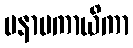
မနာပကာယိကာ